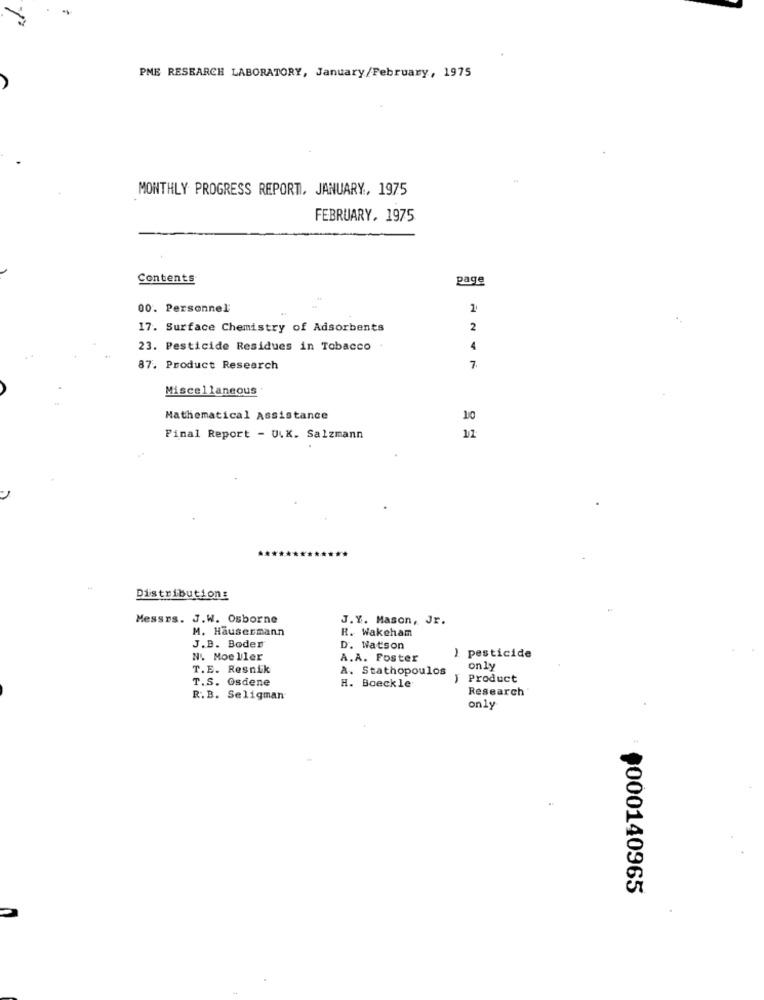
PME RESEARCH LABORATORY, January/February, 1975
MONTHLY PROGRESS REPORT, JANUARY, 1975
FEBRUARY, 1975
Contents
page
00. Personnel
17. Surface Chemistry of Adsorbents
2
23. Pesticide Residues in Tobacco
4
87. Product Research
7.
Miscellaneous
Mathematical Assistance
10
Final Report - U.K. Salzmann
11
Distribution:
Messrs. J.W. Osborne
J.Y. Mason, Jr.
M. Hausermann
R. Wakeham
J.B. Boder
D. Watson
) pesticide
N. Moeller
A.A. Foster
T.E. Resnik
A. Stathopoulos
only
T.S. Osdene
Product
H. Boeckle
Research'
R.B. Seligman
only
0000140965